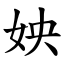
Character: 姎